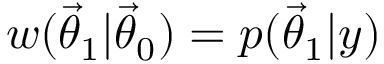
w ( \ensuremath { \vec { \theta } } _ { 1 } | \ensuremath { \vec { \theta } } _ { 0 } ) = p ( \ensuremath { \vec { \theta } } _ { 1 } | y )